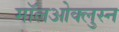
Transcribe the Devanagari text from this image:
मॉलओक्लुस्न